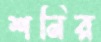
শনির